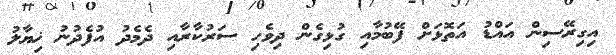
އިގިރޭސިން އައްޑު އަތޮޅަށް ފޭބުމާއި ގުޅިގެން ދިވެހި ސަރުކާރާއި ދެމެދު އުފެދުނު ޚިޔާލު